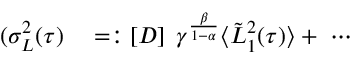
\begin{array} { r l } { ( \sigma _ { L } ^ { 2 } ( \tau ) } & { { } = : \left[ D \right] \; \gamma ^ { \frac { \beta } { 1 - \alpha } } \langle \tilde { L } _ { 1 } ^ { 2 } ( \tau ) \rangle + \ \cdots } \end{array}